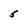
Character: 5